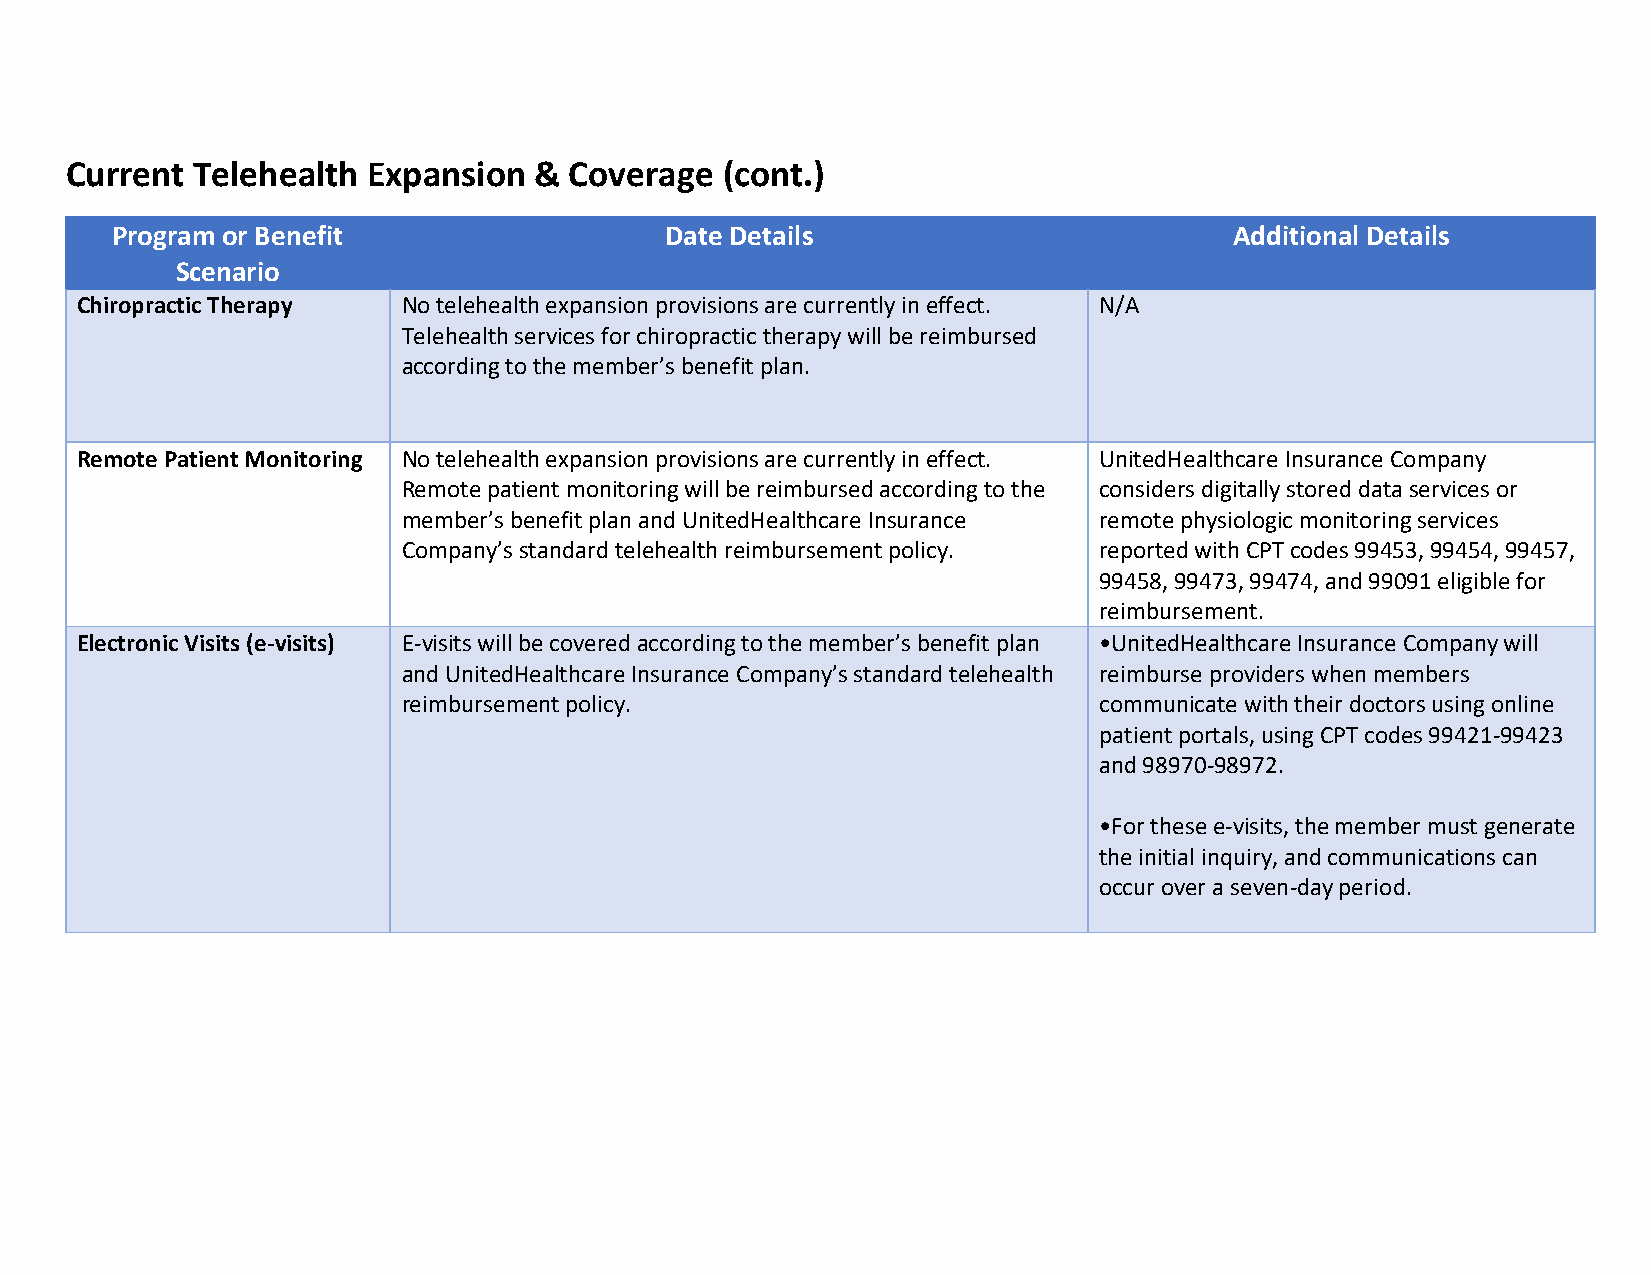
Current  Telehealth Expansion  &  Coverage  (cont.)
 Program or Benefit                   Date Details                          Additional Details
 Scenario
 Chiropractic Therapy  No telehealth expansion provisions are currently in effect. N/A
 Telehealth services for chiropractic therapy will be reimbursed
 according to the member’s benefit plan.
 Remote Patient Monitoring No telehealth expansion provisions are currently in effect. UnitedHealthcare Insurance Company
 Remote patient monitoring will be reimbursed according to the considers digitally stored data services or
 member’s benefit plan and UnitedHealthcare Insurance remote physiologic monitoring services
 Company’s standard telehealth reimbursement policy. reported with CPT codes 99453, 99454, 99457,
 99458, 99473, 99474, and 99091 eligible for
 reimbursement.
 Electronic Visits (e-visits) E-visits will be covered according to the member’s benefit plan •UnitedHealthcare Insurance Company will
 and UnitedHealthcare Insurance Company’s standard telehealth reimburse providers when members
 reimbursement policy.                         communicate with their doctors using online
 patient portals, using CPT codes 99421-99423
 and 98970-98972.
 •For these e-visits, the member must generate
 the initial inquiry, and communications can
 occur over a seven-day period.